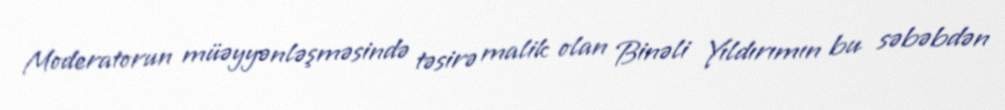
Moderatorun müəyyənləşməsində təsirə malik olan Binəli Yıldırımın bu səbəbdən